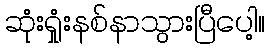
ဆုံးရှုံးနစ်နာသွားပြီပေါ့။